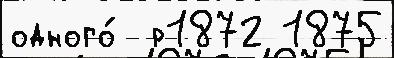
одного́  р1872 1875